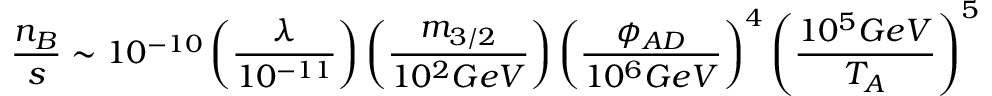
\frac { n _ { B } } { s } \sim 1 0 ^ { - 1 0 } \left( \frac { \lambda } { 1 0 ^ { - 1 1 } } \right) \left( \frac { m _ { 3 / 2 } } { 1 0 ^ { 2 } G e V } \right) \left( \frac { \phi _ { A D } } { 1 0 ^ { 6 } G e V } \right) ^ { 4 } \left( \frac { 1 0 ^ { 5 } G e V } { T _ { A } } \right) ^ { 5 }